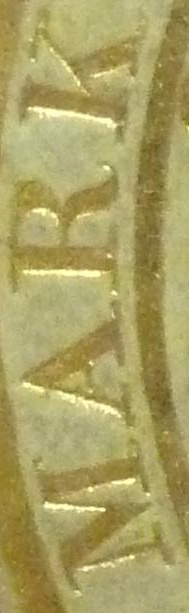
MARK